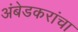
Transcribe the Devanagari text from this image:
अंबेडकरांचा